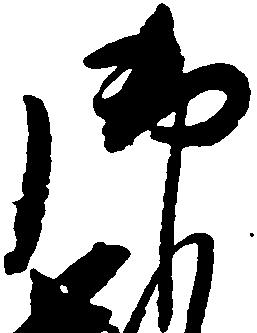
御